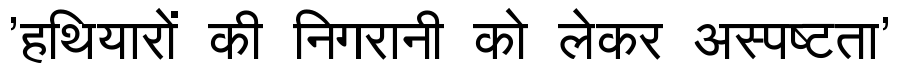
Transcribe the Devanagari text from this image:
'हथियारों की निगरानी को लेकर अस्पष्टता'